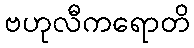
ဗဟုလီကရောတိ